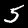
Label: 5